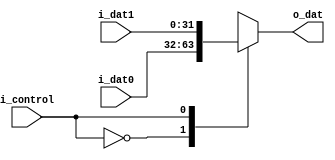
module mux2in1(i_dat0, i_dat1, i_control, o_dat);

parameter WIDTH = 32;

input   [WIDTH-1:0]     i_dat0, i_dat1; 
input                 	i_control;
output reg  [WIDTH-1:0] o_dat;

always @(*) begin
	case (i_control)
		1'b0: o_dat = i_dat0;
		1'b1: o_dat = i_dat1;
	endcase // i_control
end

endmodule